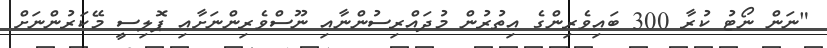
"ނަން ނޯޓު ކުރާ 300 ބައިވެރިންގެ އިތުރުން މުދައްރިސުންނާއި ނޫސްވެރިންނަށާއި ޕޮލިސީ މޭކަރުންނަށް